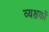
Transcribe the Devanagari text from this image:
व्यञ्जकों